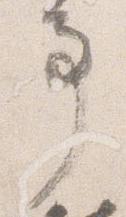
事